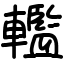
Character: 轞